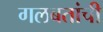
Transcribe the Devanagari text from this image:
गलबतांची